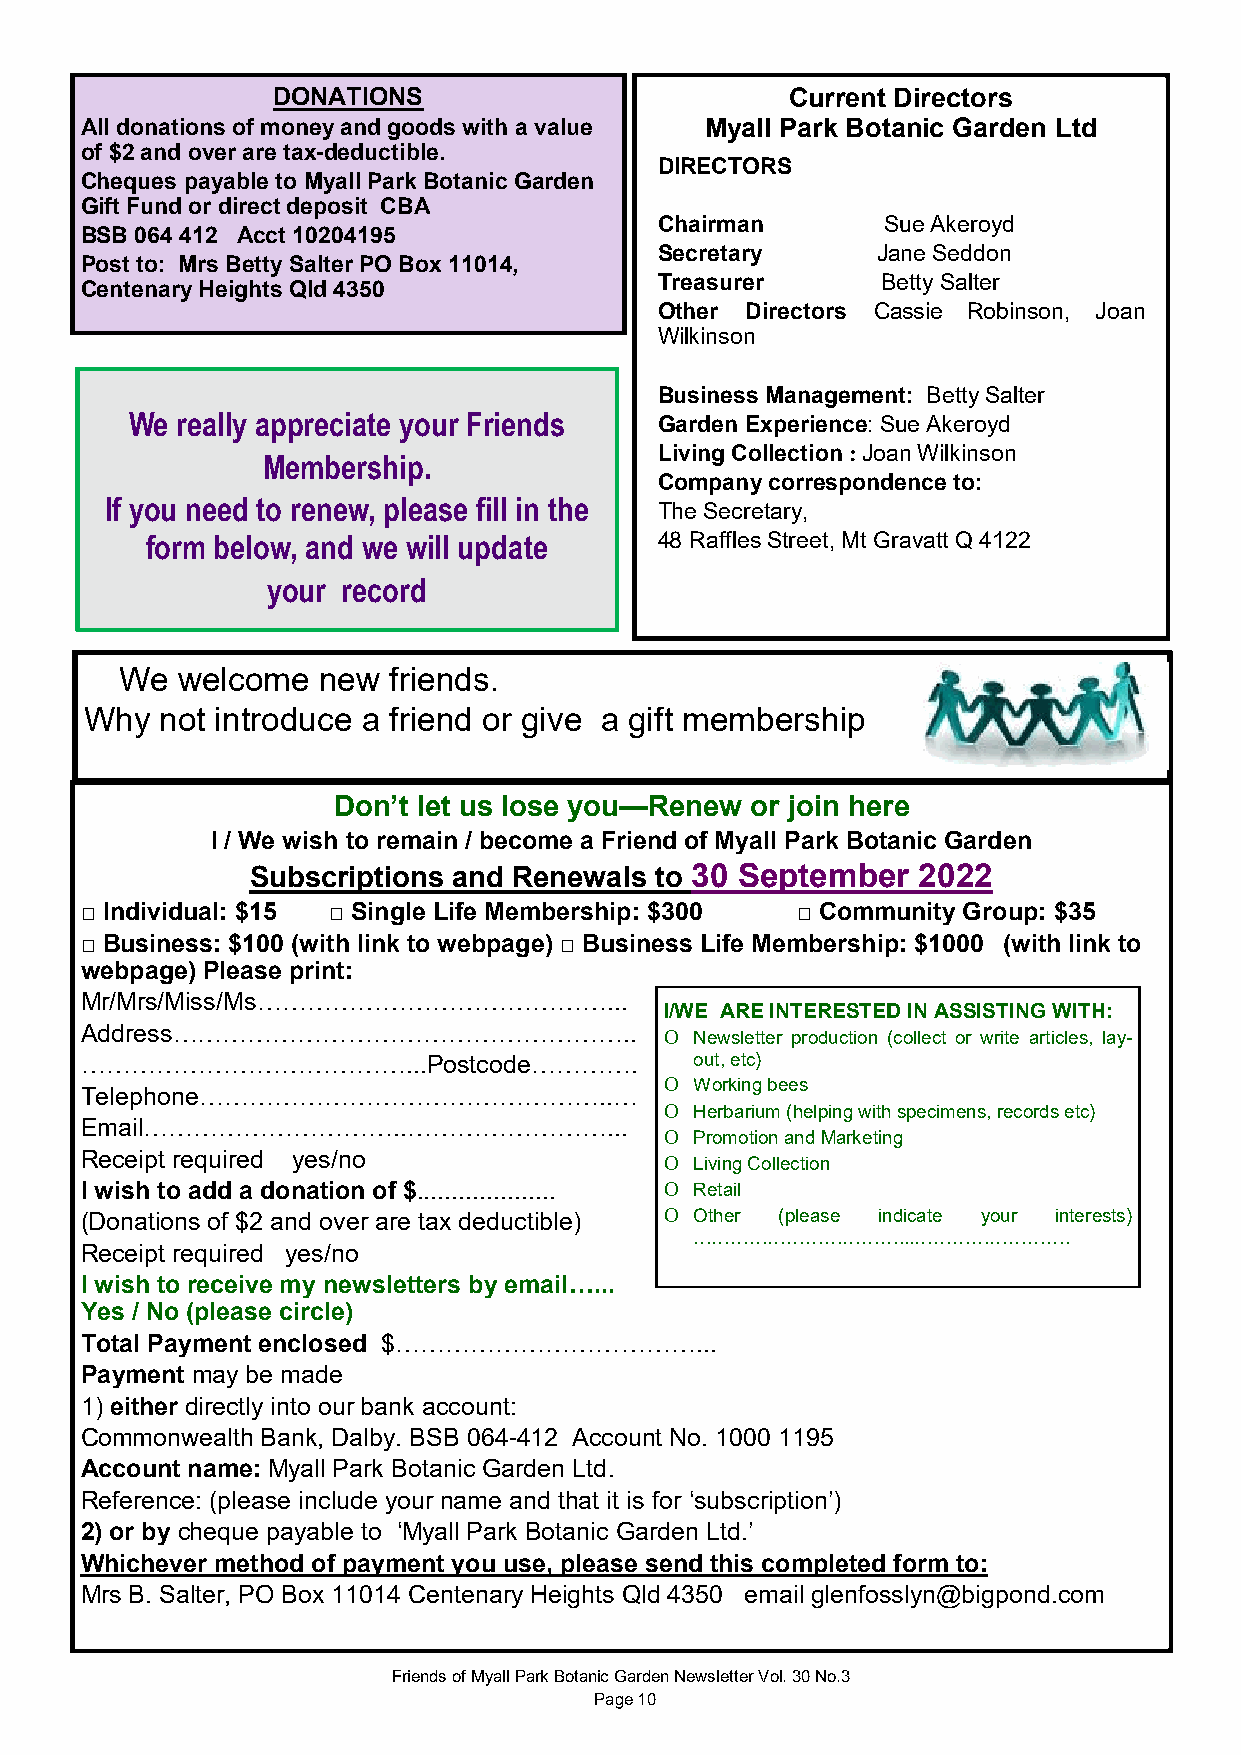
DONATIONS                         Current Directors
 All donations of money and goods with a value Myall Park Botanic Garden Ltd
 of $2 and over are tax-deductible.
 DIRECTORS
 Cheques payable to Myall Park Botanic Garden
 Gift Fund or direct deposit CBA
 Chairman       Sue Akeroyd
 BSB 064 412 Acct 10204195
 Secretary     Jane Seddon
 Post to: Mrs Betty Salter PO Box 11014,
 Treasurer     Betty Salter
 Centenary Heights Qld 4350
 Other Directors Cassie Robinson, Joan
 Wilkinson
 Business Management: Betty Salter
 We really appreciate your Friends  Garden Experience: Sue Akeroyd
 Membership.
 Living Collection : Joan Wilkinson
 Company correspondence to:
 If you need to renew, please fill in the
 The Secretary,
 form below, and we will update    48 Raffles Street, Mt Gravatt Q 4122
 your record
 We  welcome  new  friends.
 Why  not introduce a friend or give a gift membership
 Don’t let us lose you—Renew or join here
 I / We wish to remain / become a Friend of Myall Park Botanic Garden
 Subscriptions and Renewals to 30 September  2022
 □ Individual: $15 □ Single Life Membership: $300 □ Community Group: $35
 □ Business: $100 (with link to webpage) □ Business Life Membership: $1000 (with link to
 webpage) Please print:
 Mr/Mrs/Miss/Ms……………………………………...
 I/WE ARE INTERESTED IN ASSISTING WITH:
 Address………………………………………………..            O Newsletter production (collect or write articles, lay-
 …………………………………...Postcode………….            out, etc)
 O Working bees
 Telephone…………………………………………..…
 O Herbarium (helping with specimens, records etc)
 Email…………………………..……………………...
 O Promotion and Marketing
 Receipt required yes/no                O Living Collection
 I wish to add a donation of $.................... O Retail
 (Donations of $2 and over are tax deductible) O Other (please indicate your interests)
 ……………………………...…………………….
 Receipt required yes/no
 I wish to receive my newsletters by email…...
 Yes / No (please circle)
 Total Payment enclosed $………………………………...
 Payment may be made
 1) either directly into our bank account:
 Commonwealth Bank, Dalby. BSB 064-412 Account No. 1000 1195
 Account name: Myall Park Botanic Garden Ltd.
 Reference: (please include your name and that it is for ‘subscription’)
 2) or by cheque payable to ‘Myall Park Botanic Garden Ltd.’
 Whichever method of payment you use, please send this completed form to:
 Mrs B. Salter, PO Box 11014 Centenary Heights Qld 4350 email glenfosslyn@bigpond.com
 Friends of Myall Park Botanic Garden Newsletter Vol. 30 No.3
 Page 10